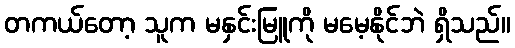
တကယ်တော့ သူက မနှင်းမြူကို မမေ့နိုင်ဘဲ ရှိသည်။